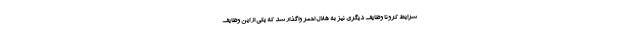
شرایط کرونا وظایف دیگری نیز به هلال احمر واگذار شد که یکی از این وظایف